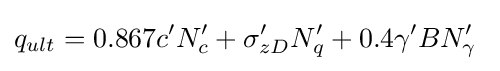
q_{ult}=0.867c'N'_{c}+\sigma '_{zD}N'_{q}+0.4\gamma 'BN'_{\gamma }\